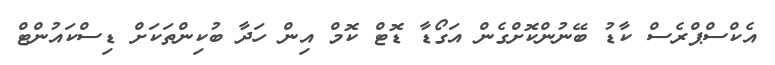
އެކްސްޕްރެސް ކާޑު ބޭނުންކޮށްގެން އަގޯޑާ ޑޮޓް ކޮމް އިން ހަދާ ބުކިންތަކަށް ޑިސްކައުންޓް